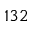
1 3 2